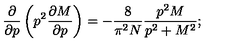
\frac { \partial } { \partial p } \left( p ^ { 2 } \frac { \partial M } { \partial p } \right) = - \frac { 8 } { \pi ^ { 2 } N } \frac { p ^ { 2 } M } { p ^ { 2 } + M ^ { 2 } } ;